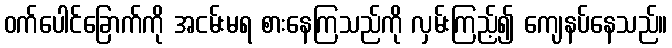
ဝက်ပေါင်ခြောက်ကို အငမ်းမရ စားနေကြသည်ကို လှမ်းကြည့်၍ ကျေနပ်နေသည်။